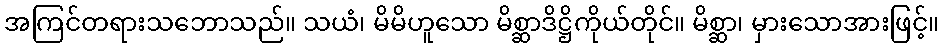
အကြင်တရားသဘောသည်။ သယံ၊ မိမိဟူသော မိစ္ဆာဒိဋ္ဌိကိုယ်တိုင်။ မိစ္ဆာ၊ မှားသောအားဖြင့်။